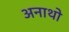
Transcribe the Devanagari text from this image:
अनाथो